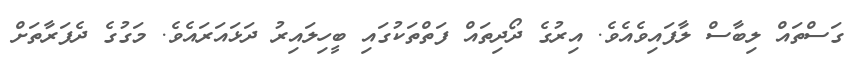
ގަސްތައް ލިބާސް ލާފައިވެއެވެ. އިރުގެ ދޯދިތައް ފަތްތަކުގައި ބީހިލައިރު ދަޅައަރައެވެ. މަގުގެ ދެފަރާތަށް